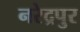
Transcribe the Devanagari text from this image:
नरेद्रपुर